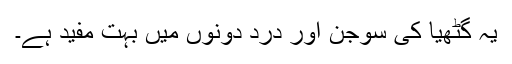
یہ گٹھیا کی سوجن اور درد دونوں میں بہت مفید ہے۔